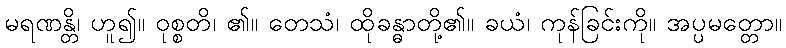
မရဏန္တိ၊ ဟူ၍။ ဝုစ္စတိ၊ ၏။ တေသံ၊ ထိုခန္ဓာတို့၏။ ခယံ၊ ကုန်ခြင်းကို။ အပ္ပမတ္တော။